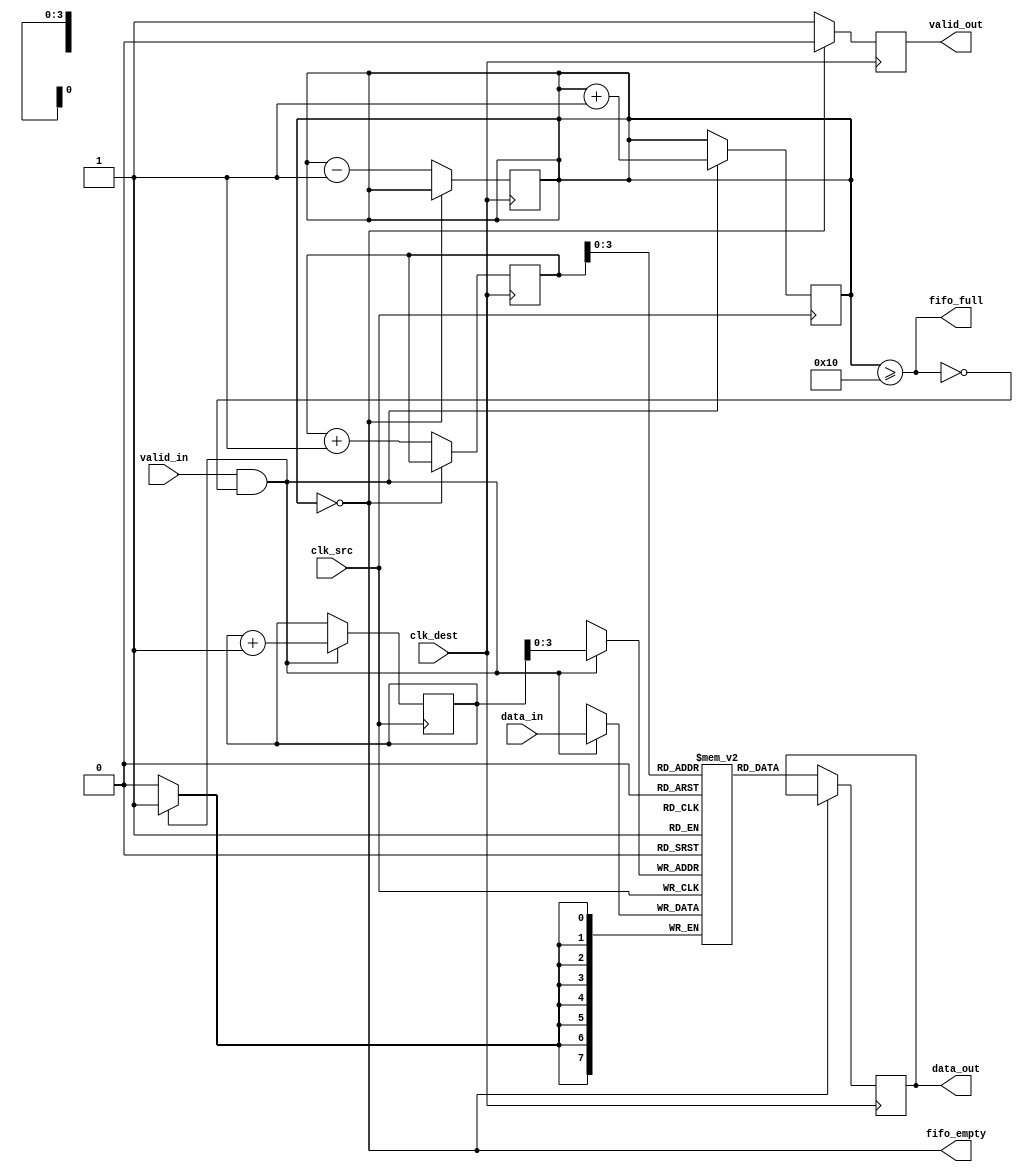
module burst_mode_synchronizer #(
    parameter DATA_WIDTH = 8,
    parameter FIFO_DEPTH = 16
)(
    input wire clk_src,               // Source clock (fast clock)
    input wire clk_dest,              // Destination clock (slow clock)
    input wire [DATA_WIDTH-1:0] data_in, // Data input from source clock domain
    input wire valid_in,              // Valid signal for input data
    output reg [DATA_WIDTH-1:0] data_out, // Data output to destination clock domain
    output reg valid_out,             // Valid signal for output data
    output wire fifo_full,            // FIFO full status
    output wire fifo_empty            // FIFO empty status
);

    // FIFO buffer
    reg [DATA_WIDTH-1:0] fifo [0:FIFO_DEPTH-1];
    reg [4:0] write_ptr = 0;          // Write pointer
    reg [4:0] read_ptr = 0;           // Read pointer
    reg [4:0] fifo_count = 0;         // FIFO count

    // Write control logic (source clock domain)
    always @(posedge clk_src) begin
        if (valid_in && !fifo_full) begin
            fifo[write_ptr] <= data_in;
            write_ptr <= write_ptr + 1;
            fifo_count <= fifo_count + 1;
        end
    end

    // Read control logic (destination clock domain)
    always @(posedge clk_dest) begin
        if (!fifo_empty) begin
            data_out <= fifo[read_ptr];
            read_ptr <= read_ptr + 1;
            fifo_count <= fifo_count - 1;
            valid_out <= 1'b1; // Indicate data is valid
        end else begin
            valid_out <= 1'b0; // No valid data
        end
    end

    // FIFO status signals
    assign fifo_full = (fifo_count >= FIFO_DEPTH);
    assign fifo_empty = (fifo_count == 0);

    // Synchronization logic for control signals
    reg valid_in_sync1, valid_in_sync2;

    always @(posedge clk_dest) begin
        valid_in_sync1 <= valid_in;
        valid_in_sync2 <= valid_in_sync1;
    end

    // Handshaking mechanism (optional)
    // You can implement additional handshaking signals if needed

endmodule